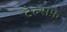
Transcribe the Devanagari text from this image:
टेल्सफ़